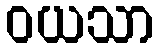
ဝယသာ